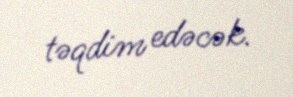
təqdim edəcək.